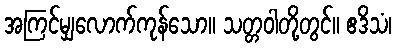
အကြင်မျှလောက်ကုန်သော။ သတ္တဝါတို့တွင်။ ဧဒိသံ၊